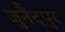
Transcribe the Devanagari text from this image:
जुनैदपुर